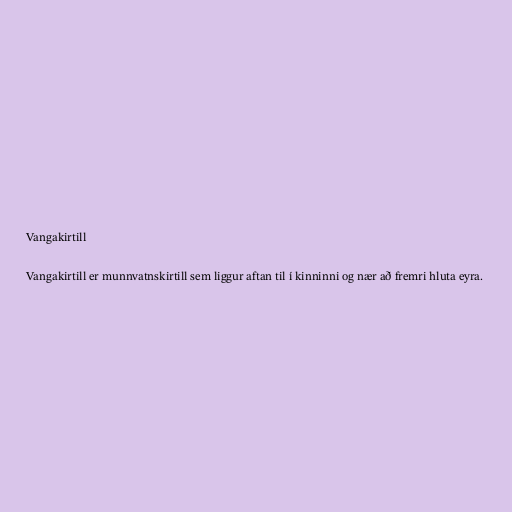
Vangakirtill

Vangakirtill er munnvatnskirtill sem liggur aftan til í kinninni og nær að fremri hluta eyra.